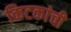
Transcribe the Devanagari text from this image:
किटकांची